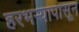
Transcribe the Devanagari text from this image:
हरभऱ्यापासून